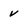
Character: v